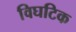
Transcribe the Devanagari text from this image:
विघटिक